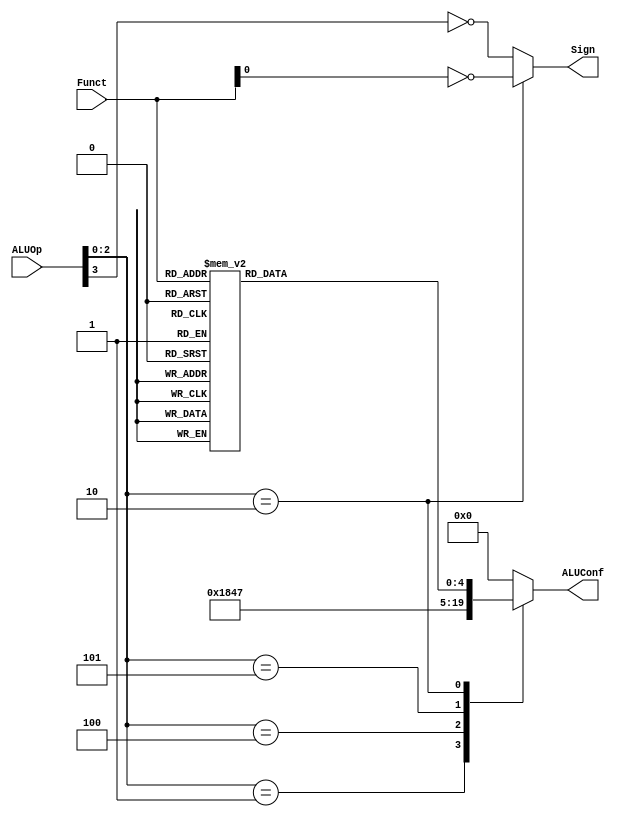
`timescale 1ns / 1ps
//////////////////////////////////////////////////////////////////////////////////
// Class: Fundamentals of Digital Logic and Processor
// Designer: Shulin Zeng
// 
// Design Name: MultiCycleCPU
// Module Name: ALUControl
// Project Name: Multi-cycle-cpu
// Target Devices: 
// Tool Versions: 
// Description: 
// 
// Dependencies: 
// 
// Revision:
// Revision 0.01 - File Created
// Additional Comments:
// 
//////////////////////////////////////////////////////////////////////////////////


module ALUControl(ALUOp, Funct, ALUConf, Sign);
	//Control Signals
	input [3:0] ALUOp;
	//Inst. Signals
	input [5:0] Funct;
	//Output Control Signals
	output reg [4:0] ALUConf;
	output Sign;

	parameter aluADD = 5'b00000;
	parameter aluOR  = 5'b00001;
	parameter aluAND = 5'b00010;
	parameter aluSUB = 5'b00110;
	parameter aluSLT = 5'b00111;
	parameter aluNOR = 5'b01100;
	parameter aluXOR = 5'b01101;
	parameter aluSRL = 5'b10000;
	parameter aluSRA = 5'b11000;
	parameter aluSLL = 5'b11001;
	parameter aluSETSUB = 5'b00011;
	
	assign Sign = (ALUOp[2:0] == 3'b010)? ~Funct[0]: ~ALUOp[3];
	
	reg [4:0] aluFunct;
	always @(*)
		case (Funct)
			6'b00_0000: aluFunct <= aluSLL;
			6'b00_0010: aluFunct <= aluSRL;
			6'b00_0011: aluFunct <= aluSRA;
			6'b10_0000: aluFunct <= aluADD;
			6'b10_0001: aluFunct <= aluADD;
			6'b10_0010: aluFunct <= aluSUB;
			6'b10_0011: aluFunct <= aluSUB;
			6'b10_0100: aluFunct <= aluAND;
			6'b10_0101: aluFunct <= aluOR;
			6'b10_0110: aluFunct <= aluXOR;
			6'b10_0111: aluFunct <= aluNOR;
			6'b10_1010: aluFunct <= aluSLT;
			6'b10_1011: aluFunct <= aluSLT;
			6'b10_1000: aluFunct <= aluSETSUB;
			default: aluFunct <= aluADD;
		endcase
	
	always @(*)
		case (ALUOp[2:0])
			3'b000: ALUConf <= aluADD;
			3'b001: ALUConf <= aluSUB;
			3'b100: ALUConf <= aluAND;
			3'b101: ALUConf <= aluSLT;
			3'b010: ALUConf <= aluFunct;
			default: ALUConf <= aluADD;
		endcase

endmodule